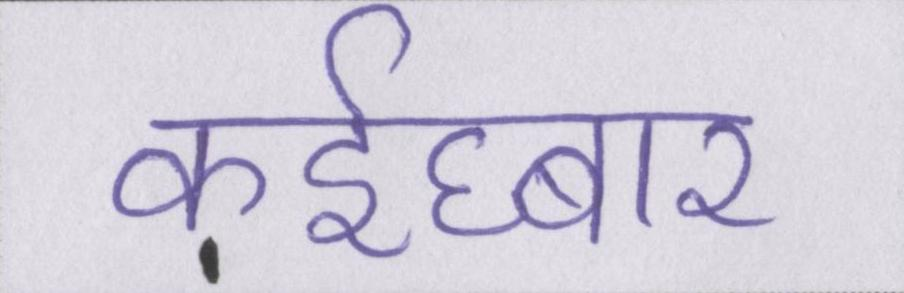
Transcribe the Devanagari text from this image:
कईघ्बार